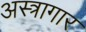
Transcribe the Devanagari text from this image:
अस्त्रागार